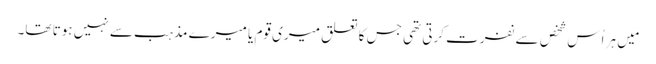
‏ مَیں ہر اُس شخص سے نفرت کرتی تھی جس کا تعلق میری قوم یا میرے مذہب سے نہیں ہوتا تھا۔